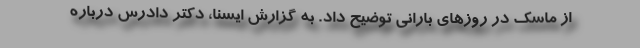
از ماسک در روزهای بارانی توضیح داد. به گزارش ایسنا، دکتر دادرس درباره